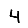
Digit: 4